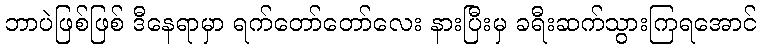
ဘာပဲဖြစ်ဖြစ် ဒီနေရာမှာ ရက်တော်တော်လေး နားပြီးမှ ခရီးဆက်သွားကြရအောင်